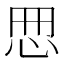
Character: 𢘁